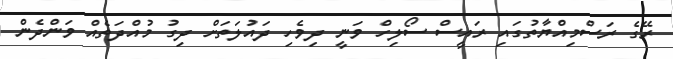
ރޭގެ ރަސްމިއްޔާތުގައި ރައީސް ސޯލިހް ވަނީ ދިވެހި ދައުލަތަށް ދިގު މުއްދަތެއް ވަންދެން